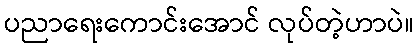
ပညာရေးကောင်းအောင် လုပ်တဲ့ဟာပဲ။